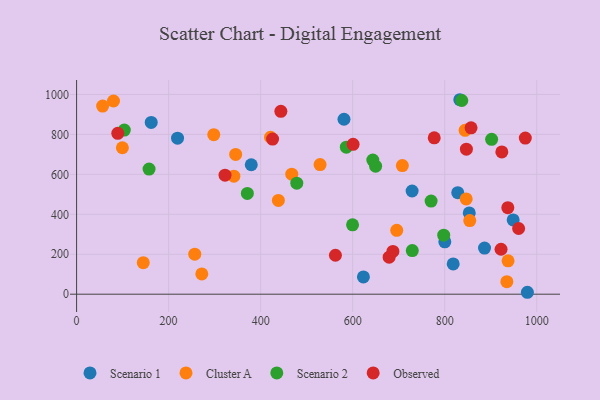
{"axis": {"x": "Speed", "y": "Salary"}, "legend": ["Cluster A", "Observed", "Scenario 1", "Scenario 2"], "data": [{"x": "379.6", "y": 648.2, "type": "Scenario 1"}, {"x": "979.6", "y": 9.6, "type": "Scenario 1"}, {"x": "828.3", "y": 508.4, "type": "Scenario 1"}, {"x": "853.3", "y": 407.1, "type": "Scenario 1"}, {"x": "818.4", "y": 151.5, "type": "Scenario 1"}, {"x": "162.2", "y": 859.8, "type": "Scenario 1"}, {"x": "832.8", "y": 973.7, "type": "Scenario 1"}, {"x": "948.7", "y": 372.1, "type": "Scenario 1"}, {"x": "886.5", "y": 230.7, "type": "Scenario 1"}, {"x": "219.4", "y": 781.4, "type": "Scenario 1"}, {"x": "623.3", "y": 86.7, "type": "Scenario 1"}, {"x": "729.1", "y": 516.8, "type": "Scenario 1"}, {"x": "581.1", "y": 875.9, "type": "Scenario 1"}, {"x": "800.2", "y": 262.0, "type": "Scenario 1"}, {"x": "421.4", "y": 785.8, "type": "Cluster A"}, {"x": "707.9", "y": 644.2, "type": "Cluster A"}, {"x": "272.1", "y": 101.3, "type": "Cluster A"}, {"x": "695.7", "y": 320.0, "type": "Cluster A"}, {"x": "467.6", "y": 600.8, "type": "Cluster A"}, {"x": "256.8", "y": 200.3, "type": "Cluster A"}, {"x": "438.5", "y": 469.3, "type": "Cluster A"}, {"x": "854.4", "y": 368.5, "type": "Cluster A"}, {"x": "529.1", "y": 648.9, "type": "Cluster A"}, {"x": "144.9", "y": 157.8, "type": "Cluster A"}, {"x": "99.5", "y": 733.2, "type": "Cluster A"}, {"x": "56.6", "y": 941.7, "type": "Cluster A"}, {"x": "846.6", "y": 477.2, "type": "Cluster A"}, {"x": "937.6", "y": 167.0, "type": "Cluster A"}, {"x": "935.0", "y": 62.7, "type": "Cluster A"}, {"x": "341.8", "y": 590.8, "type": "Cluster A"}, {"x": "80.2", "y": 967.3, "type": "Cluster A"}, {"x": "298.1", "y": 798.9, "type": "Cluster A"}, {"x": "844.3", "y": 820.3, "type": "Cluster A"}, {"x": "345.7", "y": 700.0, "type": "Cluster A"}, {"x": "371.1", "y": 504.4, "type": "Scenario 2"}, {"x": "478.5", "y": 555.9, "type": "Scenario 2"}, {"x": "837.1", "y": 969.8, "type": "Scenario 2"}, {"x": "901.9", "y": 775.4, "type": "Scenario 2"}, {"x": "649.8", "y": 641.2, "type": "Scenario 2"}, {"x": "729.5", "y": 218.4, "type": "Scenario 2"}, {"x": "643.7", "y": 671.5, "type": "Scenario 2"}, {"x": "770.4", "y": 466.4, "type": "Scenario 2"}, {"x": "157.5", "y": 626.4, "type": "Scenario 2"}, {"x": "797.8", "y": 295.4, "type": "Scenario 2"}, {"x": "599.7", "y": 347.2, "type": "Scenario 2"}, {"x": "586.2", "y": 736.3, "type": "Scenario 2"}, {"x": "103.7", "y": 821.9, "type": "Scenario 2"}, {"x": "777.2", "y": 783.1, "type": "Observed"}, {"x": "857.2", "y": 833.2, "type": "Observed"}, {"x": "679.2", "y": 185.3, "type": "Observed"}, {"x": "847.1", "y": 726.2, "type": "Observed"}, {"x": "322.6", "y": 596.1, "type": "Observed"}, {"x": "937.1", "y": 433.4, "type": "Observed"}, {"x": "600.9", "y": 750.5, "type": "Observed"}, {"x": "562.5", "y": 195.1, "type": "Observed"}, {"x": "960.6", "y": 329.0, "type": "Observed"}, {"x": "687.4", "y": 214.2, "type": "Observed"}, {"x": "924.1", "y": 712.1, "type": "Observed"}, {"x": "922.4", "y": 225.1, "type": "Observed"}, {"x": "89.5", "y": 805.3, "type": "Observed"}, {"x": "443.9", "y": 915.7, "type": "Observed"}, {"x": "425.9", "y": 776.8, "type": "Observed"}, {"x": "975.1", "y": 781.7, "type": "Observed"}]}